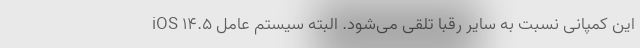
این کمپانی نسبت به سایر رقبا تلقی می‌شود. البته سیستم عامل iOS 14.5